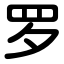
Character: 罗